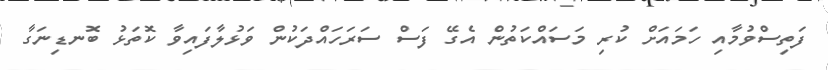
ފަތިސްވުމާއި ހަމައަށް ކުރި މަސައްކަތުން އެގޭ ފަސް ސަރަހައްދަކުން ވަޅުލާފައިވާ ކޮތަޅު ބޮނޑިނަގާ